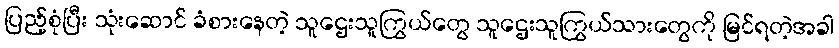
ပြည့်စုံပြီး သုံးဆောင် ခံစားနေတဲ့ သူဌေးသူကြွယ်တွေ သူဌေးသူကြွယ်သားတွေကို မြင်ရတဲ့အခါ